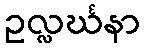
ဥလ္လင်္ဃနာ